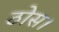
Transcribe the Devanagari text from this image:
ठोस।